Source: Handwritten
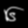
Digit: ၆ (6)